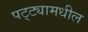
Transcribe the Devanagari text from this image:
पट्ट्यामधील